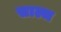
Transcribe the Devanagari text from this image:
साल्ज